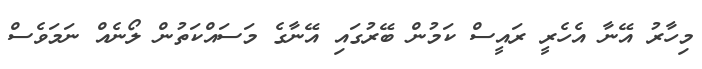
މިހާރު އޭނާ އެހެރީ ރައީސް ކަމުން ބޭރުގައި އޭނާގެ މަސައްކަތުން ލޯނެއް ނަމަވެސް